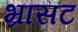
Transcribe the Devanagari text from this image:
भ्रासट